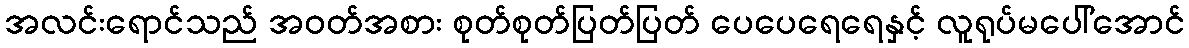
အလင်းရောင်သည် အဝတ်အစား စုတ်စုတ်ပြတ်ပြတ် ပေပေရေရေနှင့် လူရုပ်မပေါ်အောင်